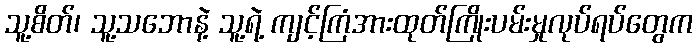
သူ့စိတ်၊ သူ့သဘောနဲ့ သူ့ရဲ့ ကျင့်ကြံအားထုတ်ကြိုးပမ်းမှုလုပ်ရပ်တွေက